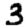
Digit: 3